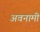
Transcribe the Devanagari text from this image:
अवनामी